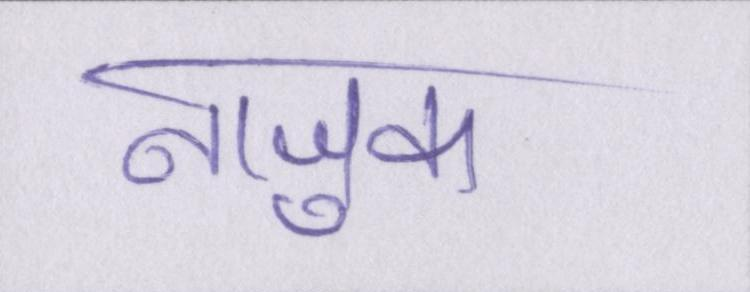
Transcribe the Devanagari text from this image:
नाजुक